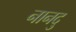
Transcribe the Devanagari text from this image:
नानदु